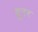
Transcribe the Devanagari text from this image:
ग्रूनर